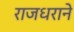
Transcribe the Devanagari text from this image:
राजधराने